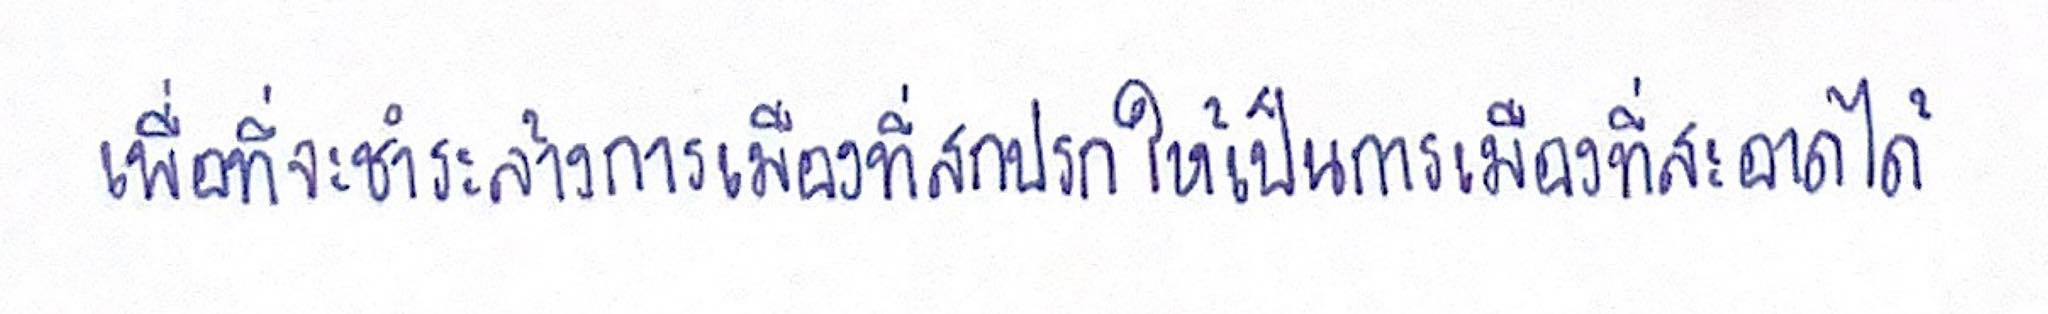
เพื่อที่จะชำระล้างการเมืองที่สกปรกให้เป็นการเมืองที่สะอาดให้ได้